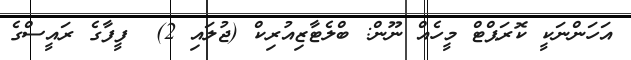
އަހަންނަކީ ކޮރަޕްޓް މީހެއް ނޫން: ބްލެޓާޒިއުރިކް (ޖުލައި 2)  ފީފާގެ ރައީސްގެ